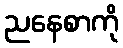
ညနေစာကို